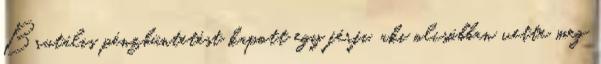
Brutális pénzbüntetést kapott egy férfi, aki olcsóbban vette meg